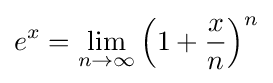
e^{x}=\lim _{n\to \infty }\left(1+{\frac {x}{n}}\right)^{n}